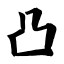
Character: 凸